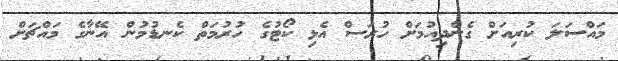
މައްސަލަ ކުރިއަށް ގެންދިއުމަށް ހުރަސް އެޅި ކޯޓުގެ ހުރުމަތް ކެނޑުމުން އޭނާގެ މައްޗަށް